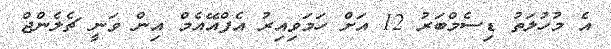
އެ މުހުލަތު ޑިސެމްބަރު 12 އަށް ހަމަވިއިރު އެފްއޭއެމް އިން ވަނީ ޗެލެންޖް